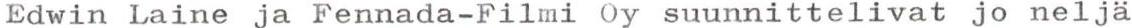
Edwin Laine ja Fennada-Filmi Oy suunnittelivat jo neljä